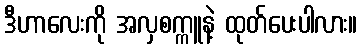
ဒီဟာလေးကို အလှစက္ကူနဲ့ ထုတ်ပေးပါလား။